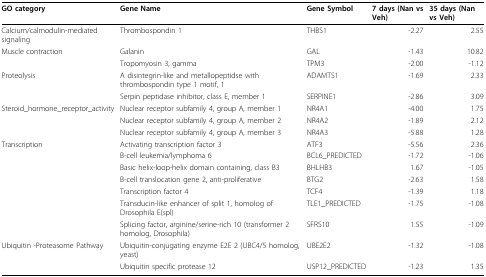
<table><thead><tr><td><b>GO category</b></td><td><b>Gene Name</b></td><td><b>Gene Symbol</b></td><td><b>7 days (Nan vs Veh)</b></td><td><b>35 days (Nan vs Veh)</b></td></tr></thead><tbody><tr><td>Calcium/calmodulin-mediated signaling</td><td>Thrombospondin 1</td><td>THBS1</td><td>-2.27</td><td>2.55</td></tr><tr><td>Muscle contraction</td><td>Galanin</td><td>GAL</td><td>-1.43</td><td>10.82</td></tr><tr><td></td><td>Tropomyosin 3, gamma</td><td>TPM3</td><td>-2.00</td><td>-1.12</td></tr><tr><td>Proteolysis</td><td>A disintegrin-like and metallopeptidse with thrombospondin type 1 motif, 1</td><td>ADAMTS1</td><td>-1.69</td><td>2.33</td></tr><tr><td></td><td>Serpin peptidase inhibitor, class E, member 1</td><td>SERPINE1</td><td>-2.86</td><td>3.09</td></tr><tr><td>Steroid_hormone_receptor_activity</td><td>Nuclear receptor subfamily 4, group A, member 1</td><td>NR4A1</td><td>-4.00</td><td>1.75</td></tr><tr><td></td><td>Nuclear receptor subfamily 4, group A, member 2</td><td>NR4A2</td><td>-1.89</td><td>2.12</td></tr><tr><td></td><td>Nuclear receptor subfamily 4, group A, member 3</td><td>NR4A3</td><td>-5.88</td><td>1.28</td></tr><tr><td>Transcription</td><td>Activating transcription factor 3</td><td>ATF3</td><td>-5.56</td><td>2.36</td></tr><tr><td></td><td>B-cell leukemia/lymphoma 6</td><td>BCL6_PREDICTED</td><td>-1.72</td><td>-1.06</td></tr><tr><td></td><td>Basic helix-loop-helix domain containing, class B3</td><td>BHLHB3</td><td>1.67</td><td>-1.05</td></tr><tr><td></td><td>B-cell translocation gene 2, anti-proliferative</td><td>BTG2</td><td>-2.63</td><td>1.58</td></tr><tr><td></td><td>Transcription factor 4</td><td>TCF4</td><td>-1.39</td><td>1.18</td></tr><tr><td></td><td>Transducin-like enhancer of split 1, homolog of Drosophila E(spl)</td><td>TLE1_PREDICTED</td><td>-1.75</td><td>-1.08</td></tr><tr><td></td><td>Splicing factor, arginine/serine-rich 10 (transformer 2 homolog, Drosophila)</td><td>SFRS10</td><td>1.55</td><td>-1.09</td></tr><tr><td>Ubiquitin -Proteasome Pathway</td><td>Ubiquitin-conjugating enzyme E2E 2 (UBC4/5 homolog, yeast)</td><td>UBE2E2</td><td>-1.32</td><td>-1.08</td></tr><tr><td></td><td>Ubiquitin specific protease 12</td><td>USP12_PREDICTED</td><td>-1.23</td><td>1.35</td></tr></tbody></table>